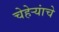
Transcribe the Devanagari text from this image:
चेहेऱ्यांचे